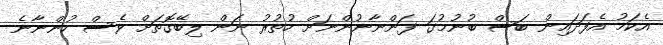
އެކަމު އެފަދައިން ބަސް ބުނުމުގަ ފަންނާނުންނަށް ހުތުރު ނަން ލިބޭގޮތަށް ވެސް ހުންނާނެ